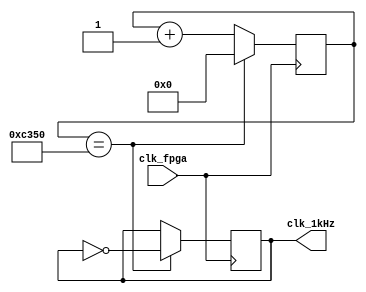
//Module to slow 100MHz master clock to 1kHz output clock.
`timescale 1ns / 1ps

module slowClock_1kHz(
	input clk_fpga,     // 100MHz master clock 
	output reg clk_1kHz // 1kHz output clock
    );
	 
	 reg [15:0] period_count = 0;	// 2^16 is greater than 50,000
	 
	 // divide the 100MHz clock to 1kHz 
	 always @ (posedge clk_fpga)
	 begin
	 period_count <= period_count + 1'b1;
	 if (period_count == 50_000)
		begin 
		period_count <= 0;	    // count reset itself to zero
		clk_1kHz <= ~clk_1kHz;	// inverts the clock
		end 
	 end
endmodule